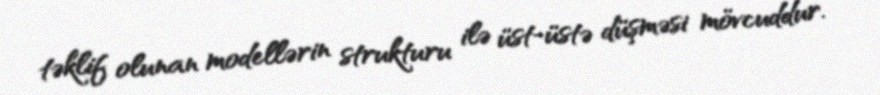
təklif olunan modellərin strukturu ilə üst-üstə düşməsi mövcuddur.